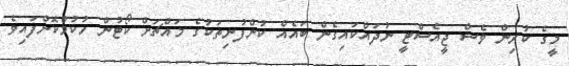
މީގެ ކުރިން ވެސް ޖީއެސްޓީ ނުދައްކައިގެން ބައެއް ކުންފުނިތަކުގެ މައްޗަށް ކޯޓުން ހުކުމްކޮށްފައިވެ